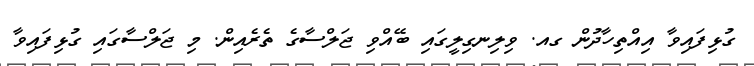
ގުޅިފައިވާ އިއްތިހާދުން ގއ. ވިލިނގިލީގައި ބޭއްވި ޖަލްސާގެ ތެރެއިން. މި ޖަލްސާގައި ގުޅިފައިވާ